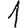
Digit: 1